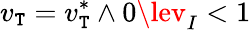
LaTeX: v_{\mathtt{T}}=v_{\mathtt{T}}^{*}\land0\lev_{I}<1